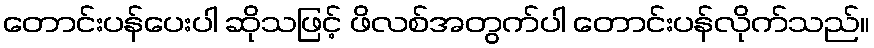
တောင်းပန်ပေးပါ ဆိုသဖြင့် ဖိလစ်အတွက်ပါ တောင်းပန်လိုက်သည်။